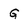
Character: G